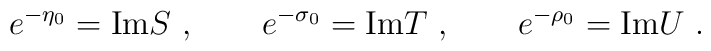
e^{-\eta_0} = {\rm Im} S\ , \qquad e^{-\sigma _0} = {\rm Im} T\ ,  \qquad e^{-\rho_0} = {\rm Im} U \ .